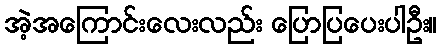
အဲ့အကြောင်းလေးလည်း ပြောပြပေးပါဦး။